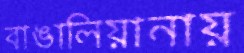
বাঙালিয়ানায়